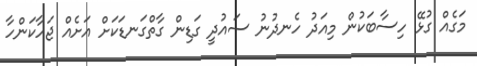
މަގެއް ގުޅޭ ހިސާބަކުން މިއަދު ހެނދުނު ސައުދީ ގަޑިން ގާތްގަނޑަކަށް އަށެއް ޖަހާކަންހާ